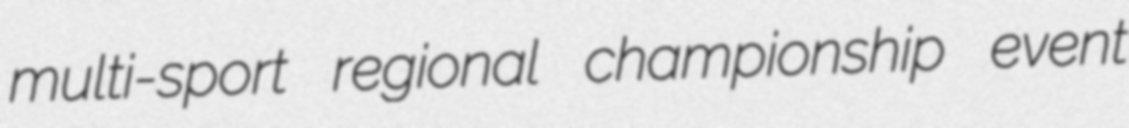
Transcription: multi-sport regional championship event